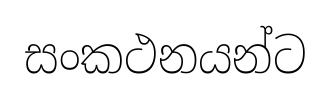
සංකථනයන්ට